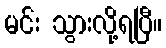
မင်း သွားလို့ရပြီ။